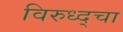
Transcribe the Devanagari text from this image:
विरुध्द्चा